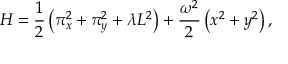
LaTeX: H = \frac { 1 } { 2 } \left( \pi _ { x } ^ { 2 } + \pi _ { y } ^ { 2 } + \lambda L ^ { 2 } \right) + \frac { \omega ^ { 2 } } { 2 } \left( x ^ { 2 } + y ^ { 2 } \right) ,